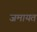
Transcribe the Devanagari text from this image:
जमायत